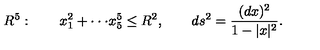
R ^ { 5 } : \qquad x _ { 1 } ^ { 2 } + \cdot \cdot \cdot x _ { 5 } ^ { 5 } \le R ^ { 2 } , \qquad d s ^ { 2 } = { \frac { ( d x ) ^ { 2 } } { 1 - | x | ^ { 2 } } } .